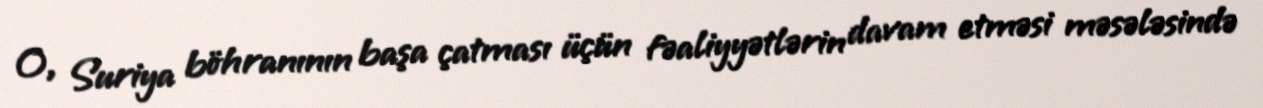
O, Suriya böhranının başa çatması üçün fəaliyyətlərin davam etməsi məsələsində